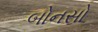
બોનસો